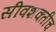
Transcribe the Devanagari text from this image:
सीवशक्तीच